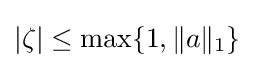
|\zeta |\leq \max\{1,\|a\|_{1}\}